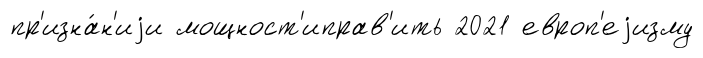
пр'изна́н'иjи мощност'иправ'ить 2021 европ'еjизму